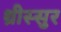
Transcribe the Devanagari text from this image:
थ्रीस्सुर